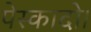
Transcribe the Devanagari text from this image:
पेस्कादो।